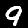
Digit: 9